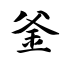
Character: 釜